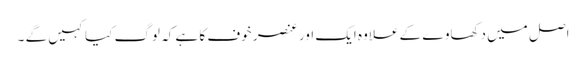
اصل میں دکھاوے کے علاوہ ایک اور عنصر خوف کا ہے کہ لوگ کیا کہیں گے ۔